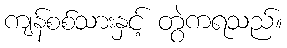
ကျန်စစ်သားနှင့် တွဲကရသည်။